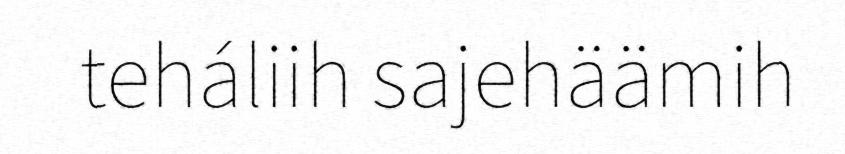
teháliih sajehäämih